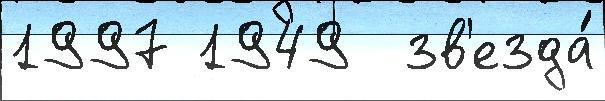
1997 1949  зв'езда́